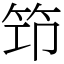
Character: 笻